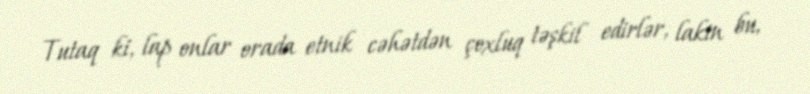
Tutaq ki, lap onlar orada etnik cəhətdən çoxluq təşkil edirlər, lakin bu,